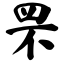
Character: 罘